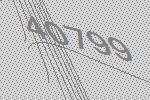
40799